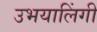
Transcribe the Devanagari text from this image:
उभयालिंगी